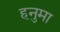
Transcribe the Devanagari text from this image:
हनुमा